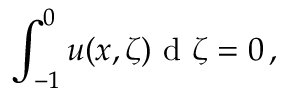
\int _ { - 1 } ^ { 0 } u ( x , \zeta ) \mathrm { ~ d ~ } \zeta = 0 \, ,